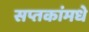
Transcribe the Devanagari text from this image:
सप्तकांमधे